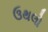
ઉથલો